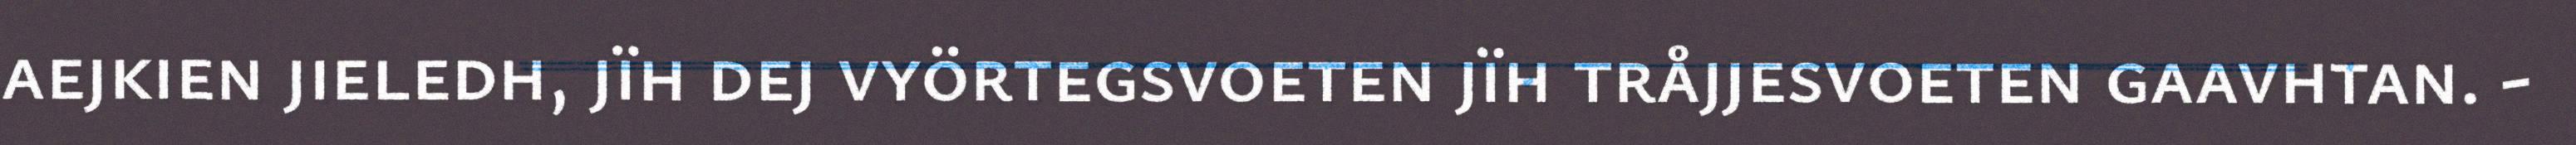
aejkien jieledh, jïh dej vyörtegsvoeten jïh tråjjesvoeten gaavhtan. -